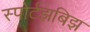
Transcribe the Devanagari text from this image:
स्पोर्टझबिझ